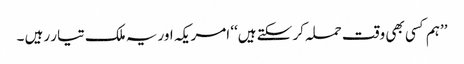
’’ہم کسی بھی وقت حملہ کر سکتے ہیں‘‘ امریکہ اور یہ ملک تیار رہیں ۔